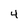
Character: 4